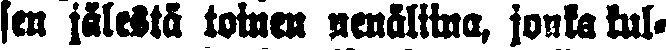
sen jälestä toinen nenäliina, jonka kul-